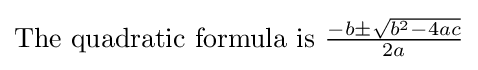
{\hbox{The quadratic formula is }}\textstyle {-b\pm {\sqrt {b^{2}-4ac}} \over 2a}